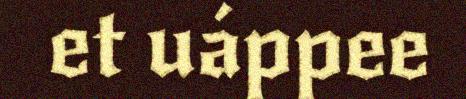
et uáppee